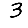
Digit: 3